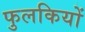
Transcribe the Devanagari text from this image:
फुलकियों